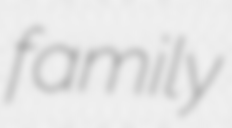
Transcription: family